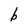
Character: b